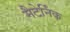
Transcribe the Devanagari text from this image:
मैटेर्निंक